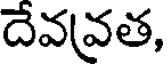
దేవవత,